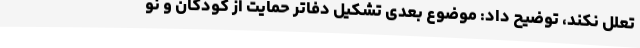
تعلل نکند، توضیح داد: موضوع بعدی تشکیل دفاتر حمایت از کودکان و نو